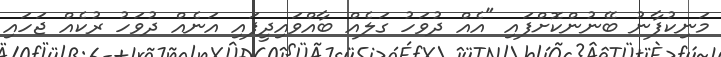
މަނިކުފާނު ބޭނުންކޮށްފައި "އެއް ދުވަހު ގަލެއް ބާއްވައިދީފައި އަނެއް ދުވަހު ރުކެއް ޖަހައި